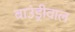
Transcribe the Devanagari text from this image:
बाउंड्रीवाल